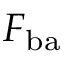
F _ { \mathrm { b a } }